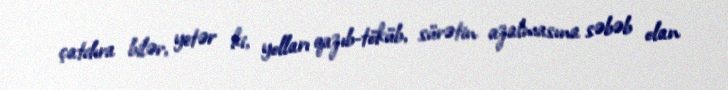
çatdıra bilər, yetər ki, yolları qazıb-töküb, sürətin azalmasına səbəb olan